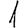
Digit: 1